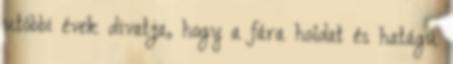
utóbbi évek divatja, hogy a fára holdat és hatágú